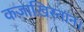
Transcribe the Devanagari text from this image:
कज़ाख़िस्तान।